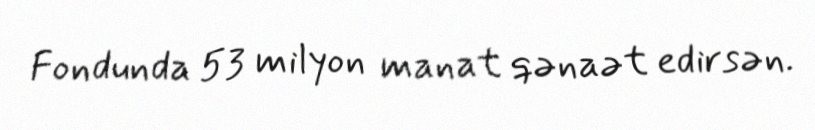
Fondunda 53 milyon manat qənaət edirsən.